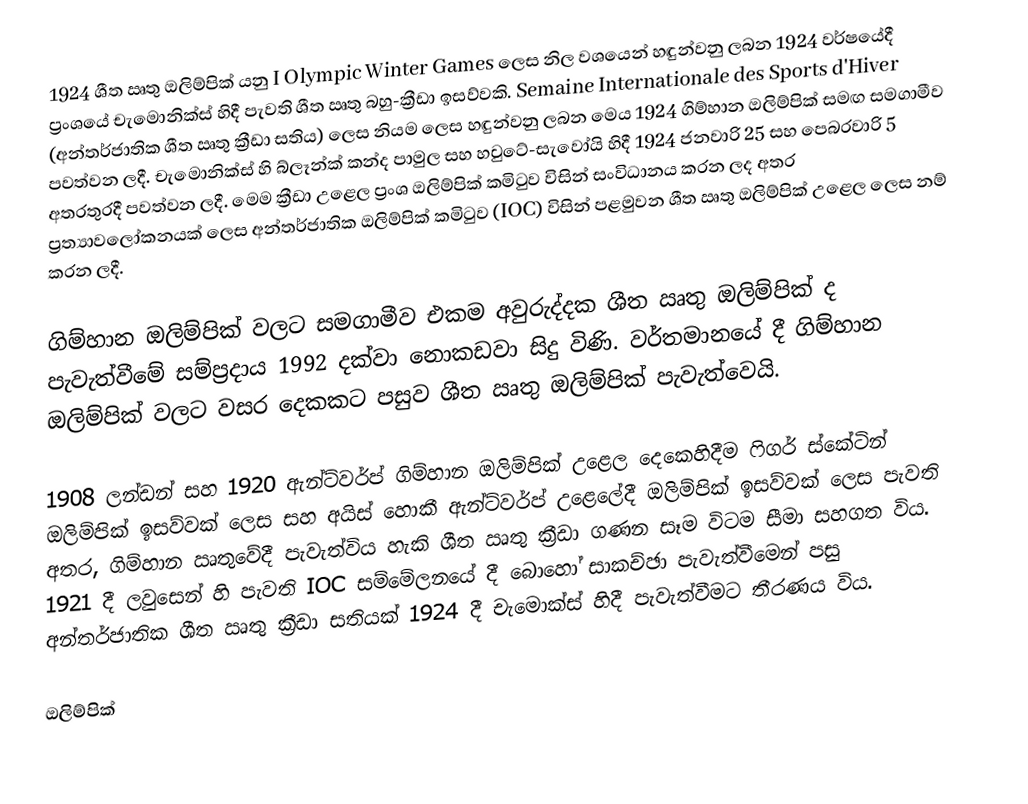
1924 ශීත ඍතු ඔලිම්පික් යනු I Olympic Winter Games ලෙස නිල වශයෙන් හඳුන්වනු ලබන 1924 වර්ෂයේදී ප්‍රංශයේ චැමොනික්ස් හිදී පැවති ශීත ඍතු බහු-ක්‍රීඩා ඉසව්වකි. Semaine Internationale des Sports d'Hiver (අන්තර්ජාතික ශීත ඍතු ක්‍රීඩා සතිය) ලෙස නියම ලෙස හඳුන්වනු ලබන මෙය 1924 ගිම්හාන ඔලිම්පික් සමඟ සමගාමීව පවත්වන ලදී. චැමොනික්ස් හි බ්ලෑන්ක් කන්ද පාමුල සහ හවුටේ-සැවෝයි හිදී 1924 ජනවාරි 25 සහ පෙබරවාරි 5 අතරතුරදී පවත්වන ලදී. මෙම ක්‍රීඩා උළෙල ප්‍රංශ ඔලිම්පික් කමිටුව විසින් සංවිධානය කරන ලද අතර ප්‍රත්‍යාවලෝකනයක් ලෙස අන්තර්ජාතික ඔලිම්පික් කමිටුව (IOC) විසින් පළමුවන ශීත ඍතු ඔලිම්පික් උළෙල ලෙස නම් කරන ලදී.

ගිම්හාන ඔලිම්පික් වලට සමගාමීව එකම අවුරුද්දක ශීත ඍතු ඔලිම්පික් ද පැවැත්වීමේ සම්ප්‍රදාය 1992 දක්වා නොකඩවා සිදු විණි. වර්තමානයේ දී ගිම්හාන ඔලිම්පික් වලට වසර දෙකකට පසුව ශීත ඍතු ඔලිම්පික් පැවැත්වෙයි.

1908 ලන්ඩන් සහ  1920 ඇන්ට්වර්ප් ගිම්හාන ඔලිම්පික් උළෙල දෙකෙහිදීම   ෆිගර් ස්කේටින් ඔලිම්පික් ඉසව්වක් ලෙස සහ අයිස් හොකී ඇන්ට්වර්ප් උළෙලේදී ඔලිම්පික් ඉසව්වක් ලෙස පැවති අතර, ගිම්හාන ඍතුවේදී පැවැත්විය හැකි ශීත ඍතු ක්‍රීඩා ගණන සෑම විටම සීමා සහගත විය. 1921 දී ලවුසෙන් හි පැවති IOC සම්මේලනයේ දී බොහෝ සාකච්ඡා පැවැත්වීමෙන් පසු අන්තර්ජාතික ශීත ඍතු ක්‍රීඩා සතියක් 1924 දී චැමොක්ස් හිදී පැවැත්වීමට තීරණය විය.

ඔලිම්පික්